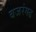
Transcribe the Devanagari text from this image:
बजरंगढ